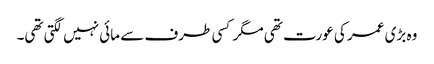
وہ بڑی عمر کی عورت تھی مگر کسی طرف سے مائی نہیں لگتی تھی۔